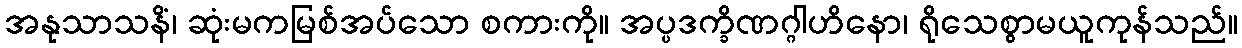
အနုသာသနိံ၊ ဆုံးမကမြစ်အပ်သော စကားကို။ အပ္ပဒက္ခိဏဂ္ဂါဟိနော၊ ရိုသေစွာမယူကုန်သည်။